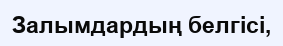
Залымдардың белгісі,